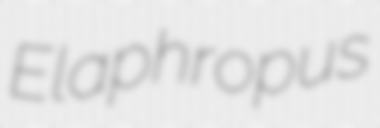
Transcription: Elaphropus